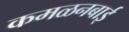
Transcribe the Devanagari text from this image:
कमळनबाई